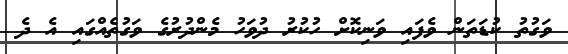
ވަގުތު ކުޑަތަން ވެފައި ވަނިކޮށް ހުކުރު ދުވަހު މެންދުރުގެ ވަގުތެއްގައި އެ ދެ